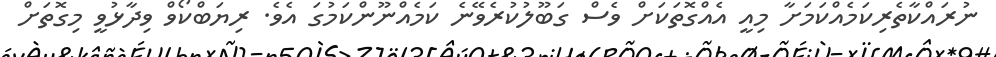
ނުރައްކާތެރިކަމެއްކަމަށާ މިއީ އެއްގޮތަކަށް ވެސް ގަބޫލުކުރެވޭނެ ކަމެއްނޫންކަމުގަ އެވެ. ރިޔަބްކޯވް ވިދާޅުވީ މިގޮތަށް